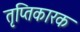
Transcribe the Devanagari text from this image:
तृप्तिकारक